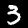
Label: 3